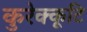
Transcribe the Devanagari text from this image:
कुरेक्कूटि